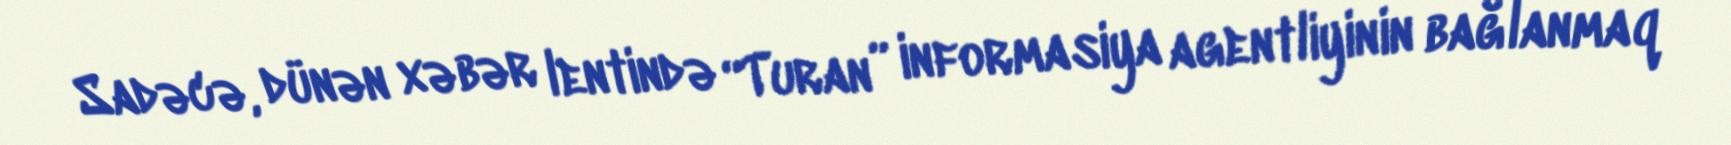
Sadəcə, dünən xəbər lentində “Turan” informasiya agentliyinin bağlanmaq